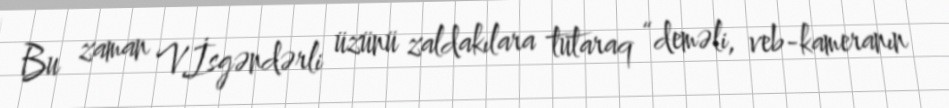
Bu zaman V.İsgəndərli üzünü zaldakılara tutaraq “deməli, veb-kameranın